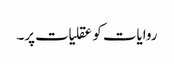
روایات کو عقلیات پر۔